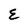
Character: E